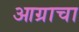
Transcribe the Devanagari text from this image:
आग्राचा